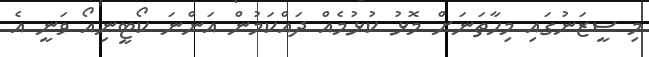
މި ސީޒަނުގައި މިހާތަނަށް މޮޅު ކުޅުމެއް ދައްކަމުން އަންނަ ކޯޓީނިއޯ ވަނީ އެ